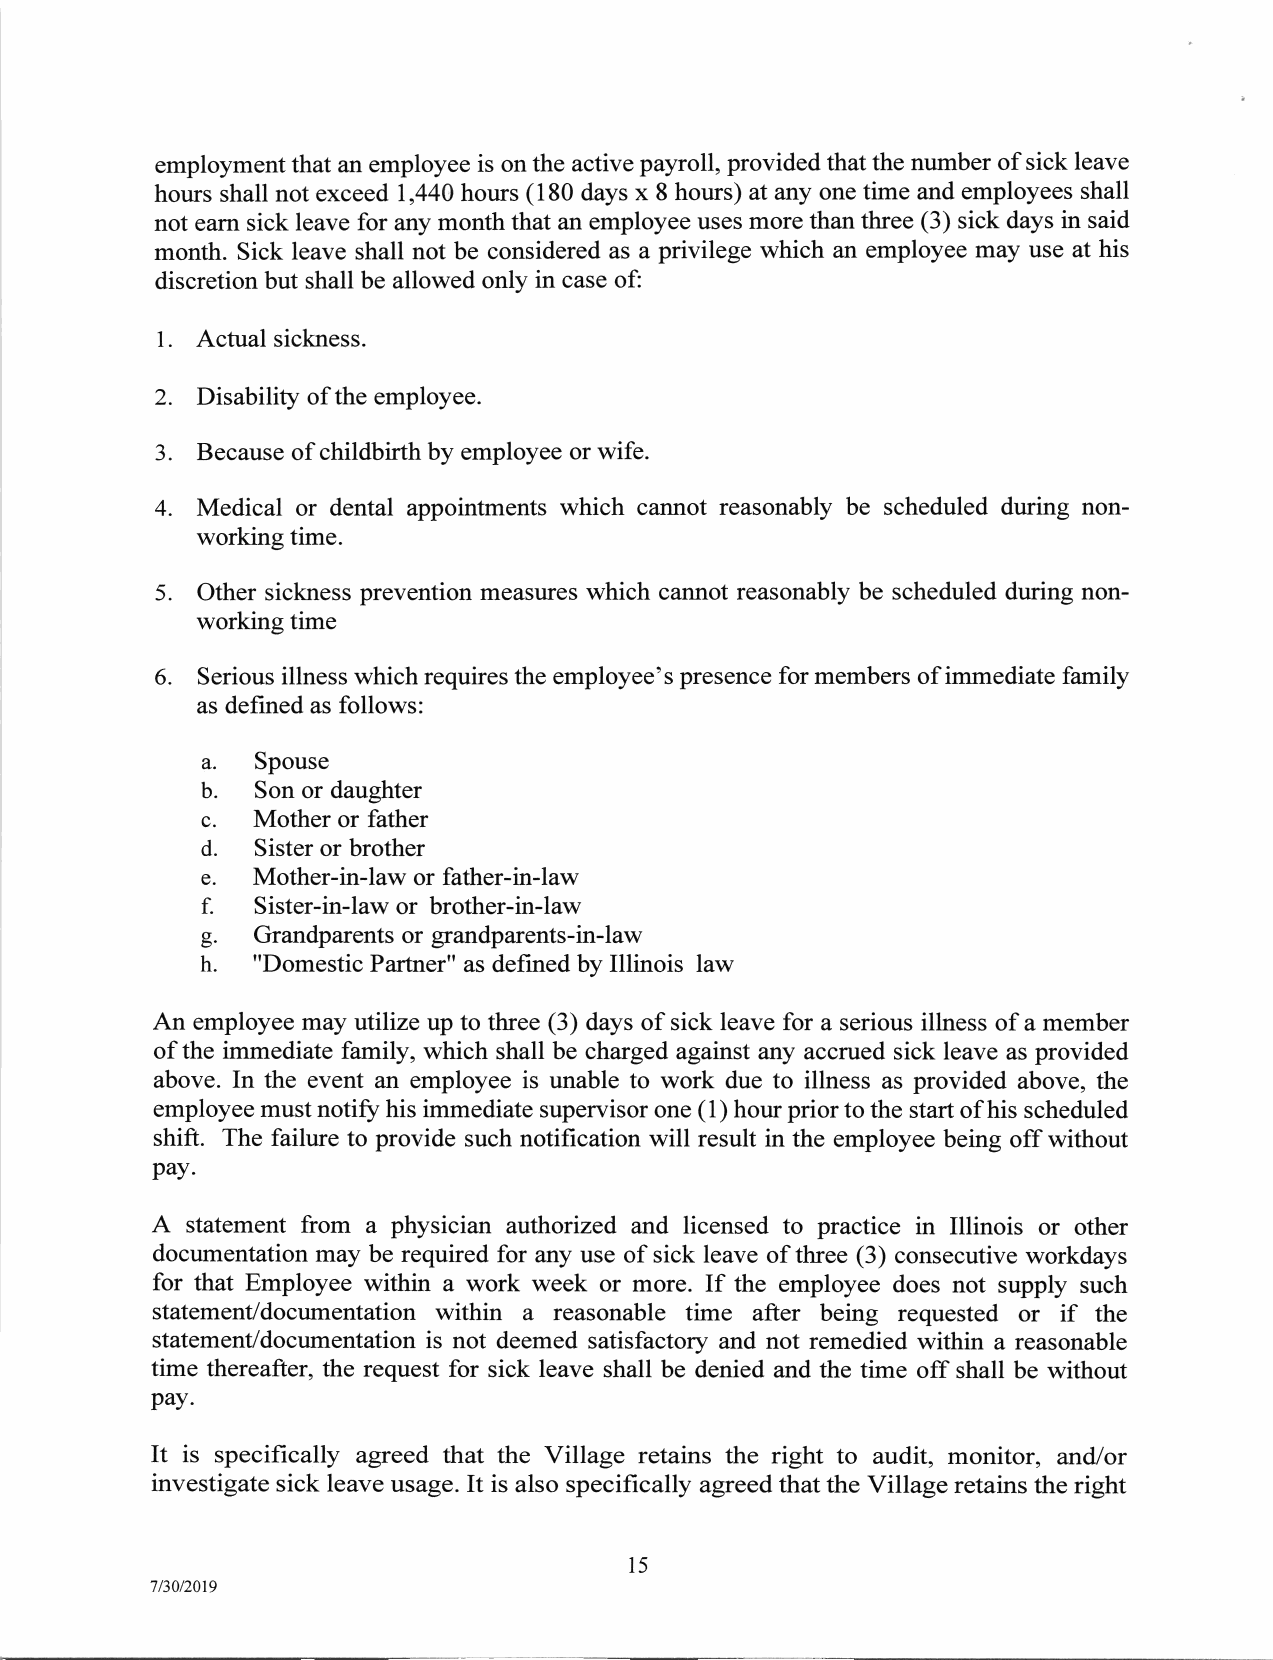
employment that an employee is on the active payroll, provided that the number of sick leave
 hours shall not exceed 1,440 hours (180 days x 8 hours) at any one time and employees shall
 not earn sick leave for any month that an employee uses more than three (3) sick days in said
 month. Sick leave shall not be considered as a privilege which an employee may use at his
 discretion but shall be allowed only in case of:
 l.
 Actual sickness.
 2. Disability of the employee.
 3. Because of childbirth by employee or wife.
 4. Medical or dental appointments which carurot reasonably be scheduled during non-
 working time.
 5. Other sickness prevention measures which cannot reasonably be scheduled during non-
 working time
 6. Serious illness which requires the employee's presence for members of immediate family
 as defined as follows:
 a.
 Spouse
 b.
 Son or daughter
 c.
 Mother or father
 d.
 Sister or brother
 e.
 Mother-in-law or father-in-law
 f.
 Sister-in-lawor brother-in-law
 g.
 Grandparentsorgrandparents-in-law
 h.  "Domestic Partner" as defined by Illinois law
 An employee may utilize up to three (3) days of sick leave for a serious illness of a member
 of the immediate family, which shall be charged against any accrued sick leave as provided
 above. In the event an employee is unable to work due to illness as provided above, the
 employee must notifu his immediate supervisor one (1) hour prior to the start of his scheduled
 shift. The failure to provide such notification will result in the employee being off without
 pay.
 A statement from a physician authorized and licensed to practice in Illinois or other
 documentation may be required for any use of sick leave of three (3) consecutive workdays
 for that Employee within a work week or more. If the employee does not supply such
 statement/documentation within a reasonable time after being requested or if the
 statement/documentation is not deemed satisfactory and not remedied within a reasonable
 time thereafter, the request for sick leave shall be denied and the time off shall be without
 pay.
 It is specifically agreed that the Village retains the right to audit, monitor, and/or
 investigate sick leave usage. It is also specifically agreed that the Village retains the right
 く
 υ
 7/30/2019